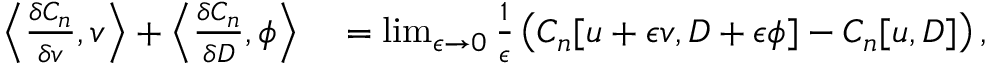
\begin{array} { r l } { \left\langle \frac { \delta C _ { n } } { \delta v } , v \right\rangle + \left\langle \frac { \delta C _ { n } } { \delta D } , \phi \right\rangle } & { { } = \operatorname* { l i m } _ { \epsilon \to 0 } \frac { 1 } { \epsilon } \left( C _ { n } [ u + \epsilon v , D + \epsilon \phi ] - C _ { n } [ u , D ] \right) , } \end{array}